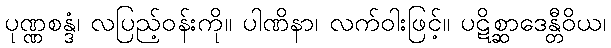
ပုဏ္ဏစန္ဒံ၊ လပြည့်ဝန်းကို။ ပါဏိနာ၊ လက်ဝါးဖြင့်။ ပဋိစ္ဆာဒေန္တီဝိယ၊